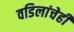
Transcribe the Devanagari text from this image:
वडिलांचेही